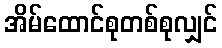
အိမ်ထောင်စုတစ်စုလျှင်